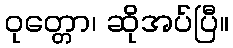
ဝုတ္တော၊ ဆိုအပ်ပြီ။